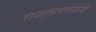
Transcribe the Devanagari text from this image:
राजारामपंतांनी